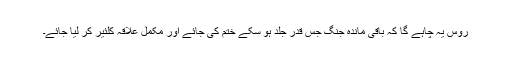
روس یہ چاہے گا کہ باقی ماندہ جنگ جس قدر جلد ہو سکے ختم کی جائے اور مکمل علاقہ کلئیر کر لیا جائے۔